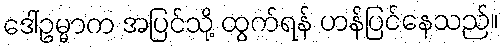
ဒေါ်ဥမ္မာက အပြင်သို့ ထွက်ရန် ဟန်ပြင်နေသည်။